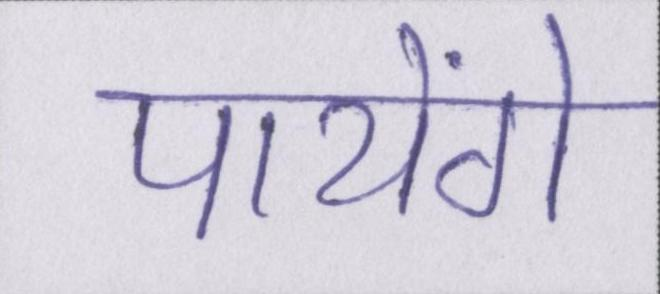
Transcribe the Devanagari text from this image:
पायेंगे